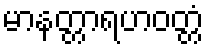
မာနတ္တာရဟဝတ္တံ